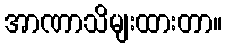
အာဏာသိမျးထားတာ။